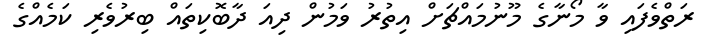
ރަތްވެފައި ވާ މޯނާގެ މޫނުމައްޗަށް އިތުރު ވަމުން ދިއަ ދާބޮކިތައް ބިރުވެރި ކަމެއްގެ